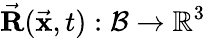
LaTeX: \vec{\mathbf R}(\vec{\mathbf x},t):\mathcal{B}\rightarrow\mathbb{R}^{3}